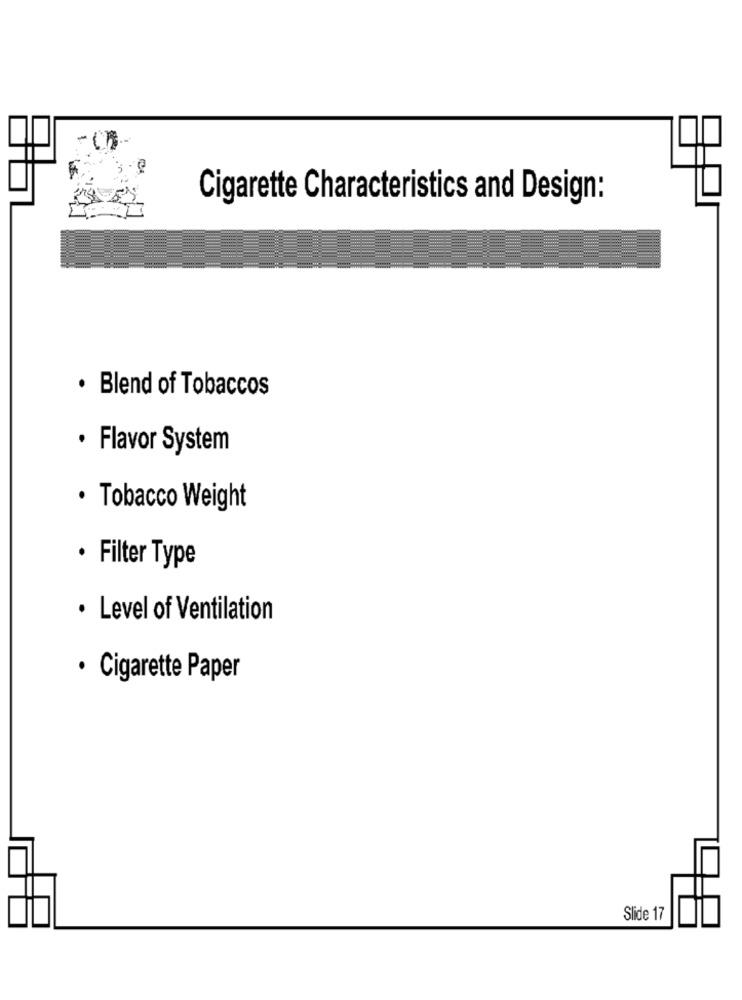
-
Cigarette Characteristics and Design:
· Blend of Tobaccos
· Flavor System
· Tobacco Weight
· Filter Type
· Level of Ventilation
· Cigarette Paper
Slide 17